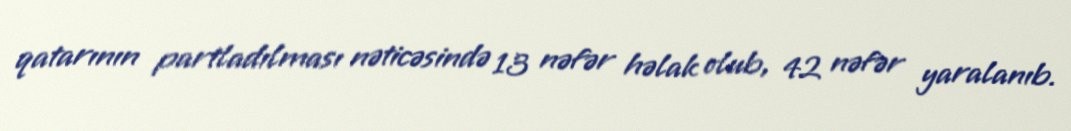
qatarının partladılması nəticəsində 13 nəfər həlak olub, 42 nəfər yaralanıb.